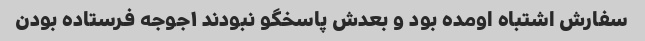
سفارش اشتباه اومده بود و بعدش پاسخگو نبودند ۱جوجه فرستاده بودن